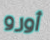
أورو